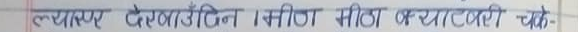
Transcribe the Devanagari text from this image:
ज्यास् र देल्माडे दिन । बनि गीत मीठा बच्यो साँचो पचास